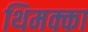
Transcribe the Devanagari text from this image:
थिमक्का